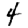
Digit: 4